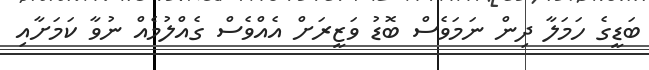
ބަޑީގެ ހަމަލާ ދިން ނަމަވެސް ބޮޑު ވަޒީރަށް އެއްވެސް ގެއްލުމެއް ނުވާ ކަމަށާއި